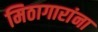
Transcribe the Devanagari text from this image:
मिठागारांना